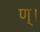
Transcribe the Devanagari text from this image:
ण्।